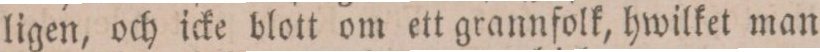
ligen, och icke blott om ett grannfolk, hwilket man